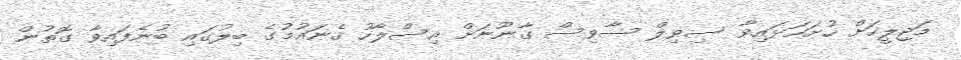
މަޖިލީހަށް ހުށަހަޅައިވާ ސިވިލް ސާވިސް ގާނޫނަށް އިސްލާހު ގެނައުމުގެ ބިލުގައި ބުނެފައިވާ ގޮތުން